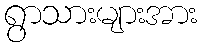
ရွာသားများအား